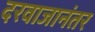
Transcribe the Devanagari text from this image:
दरवाजानंतर